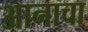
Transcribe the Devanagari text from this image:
आनाचा